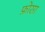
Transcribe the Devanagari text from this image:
फ़ोसा